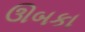
ઊબકા